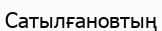
Сатылғановтың